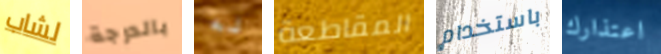
لشاب بالدرجة له المقاطعة باستخدام اعتذارك